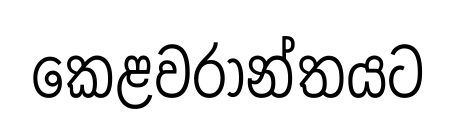
කෙළවරාන්තයට